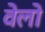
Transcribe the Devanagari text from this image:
वेलो